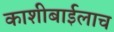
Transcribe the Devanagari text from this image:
काशीबाईलाच